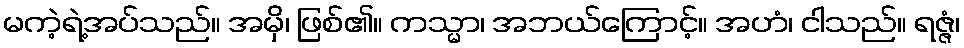
မကဲ့ရဲ့အပ်သည်။ အမှိ၊ ဖြစ်၏။ ကသ္မာ၊ အဘယ်ကြောင့်။ အဟံ၊ ငါသည်။ ရဇ္ဇံ၊